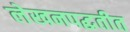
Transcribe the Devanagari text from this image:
लेखनपद्धतीत